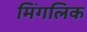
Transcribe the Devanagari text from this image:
मिंगलिक